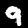
Digit: 9